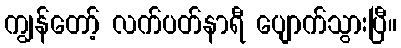
ကျွန်တော့် လက်ပတ်နာရီ ပျောက်သွားပြီ။